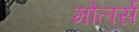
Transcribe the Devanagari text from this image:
मोलर्स